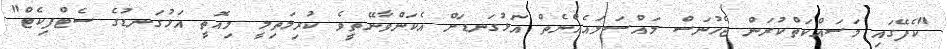
"ކެފޭގައި މަސައްކަތްކުރަން ޖެހުނަސް މައްސަލައެއްނެތް އަޅުގަނޑަށް އެކަންވާނޭތީވެ ކުރިމަތިލީ މިއޮތީ އަޅުގަނޑުގެ ސެޓްފިކެޓް"